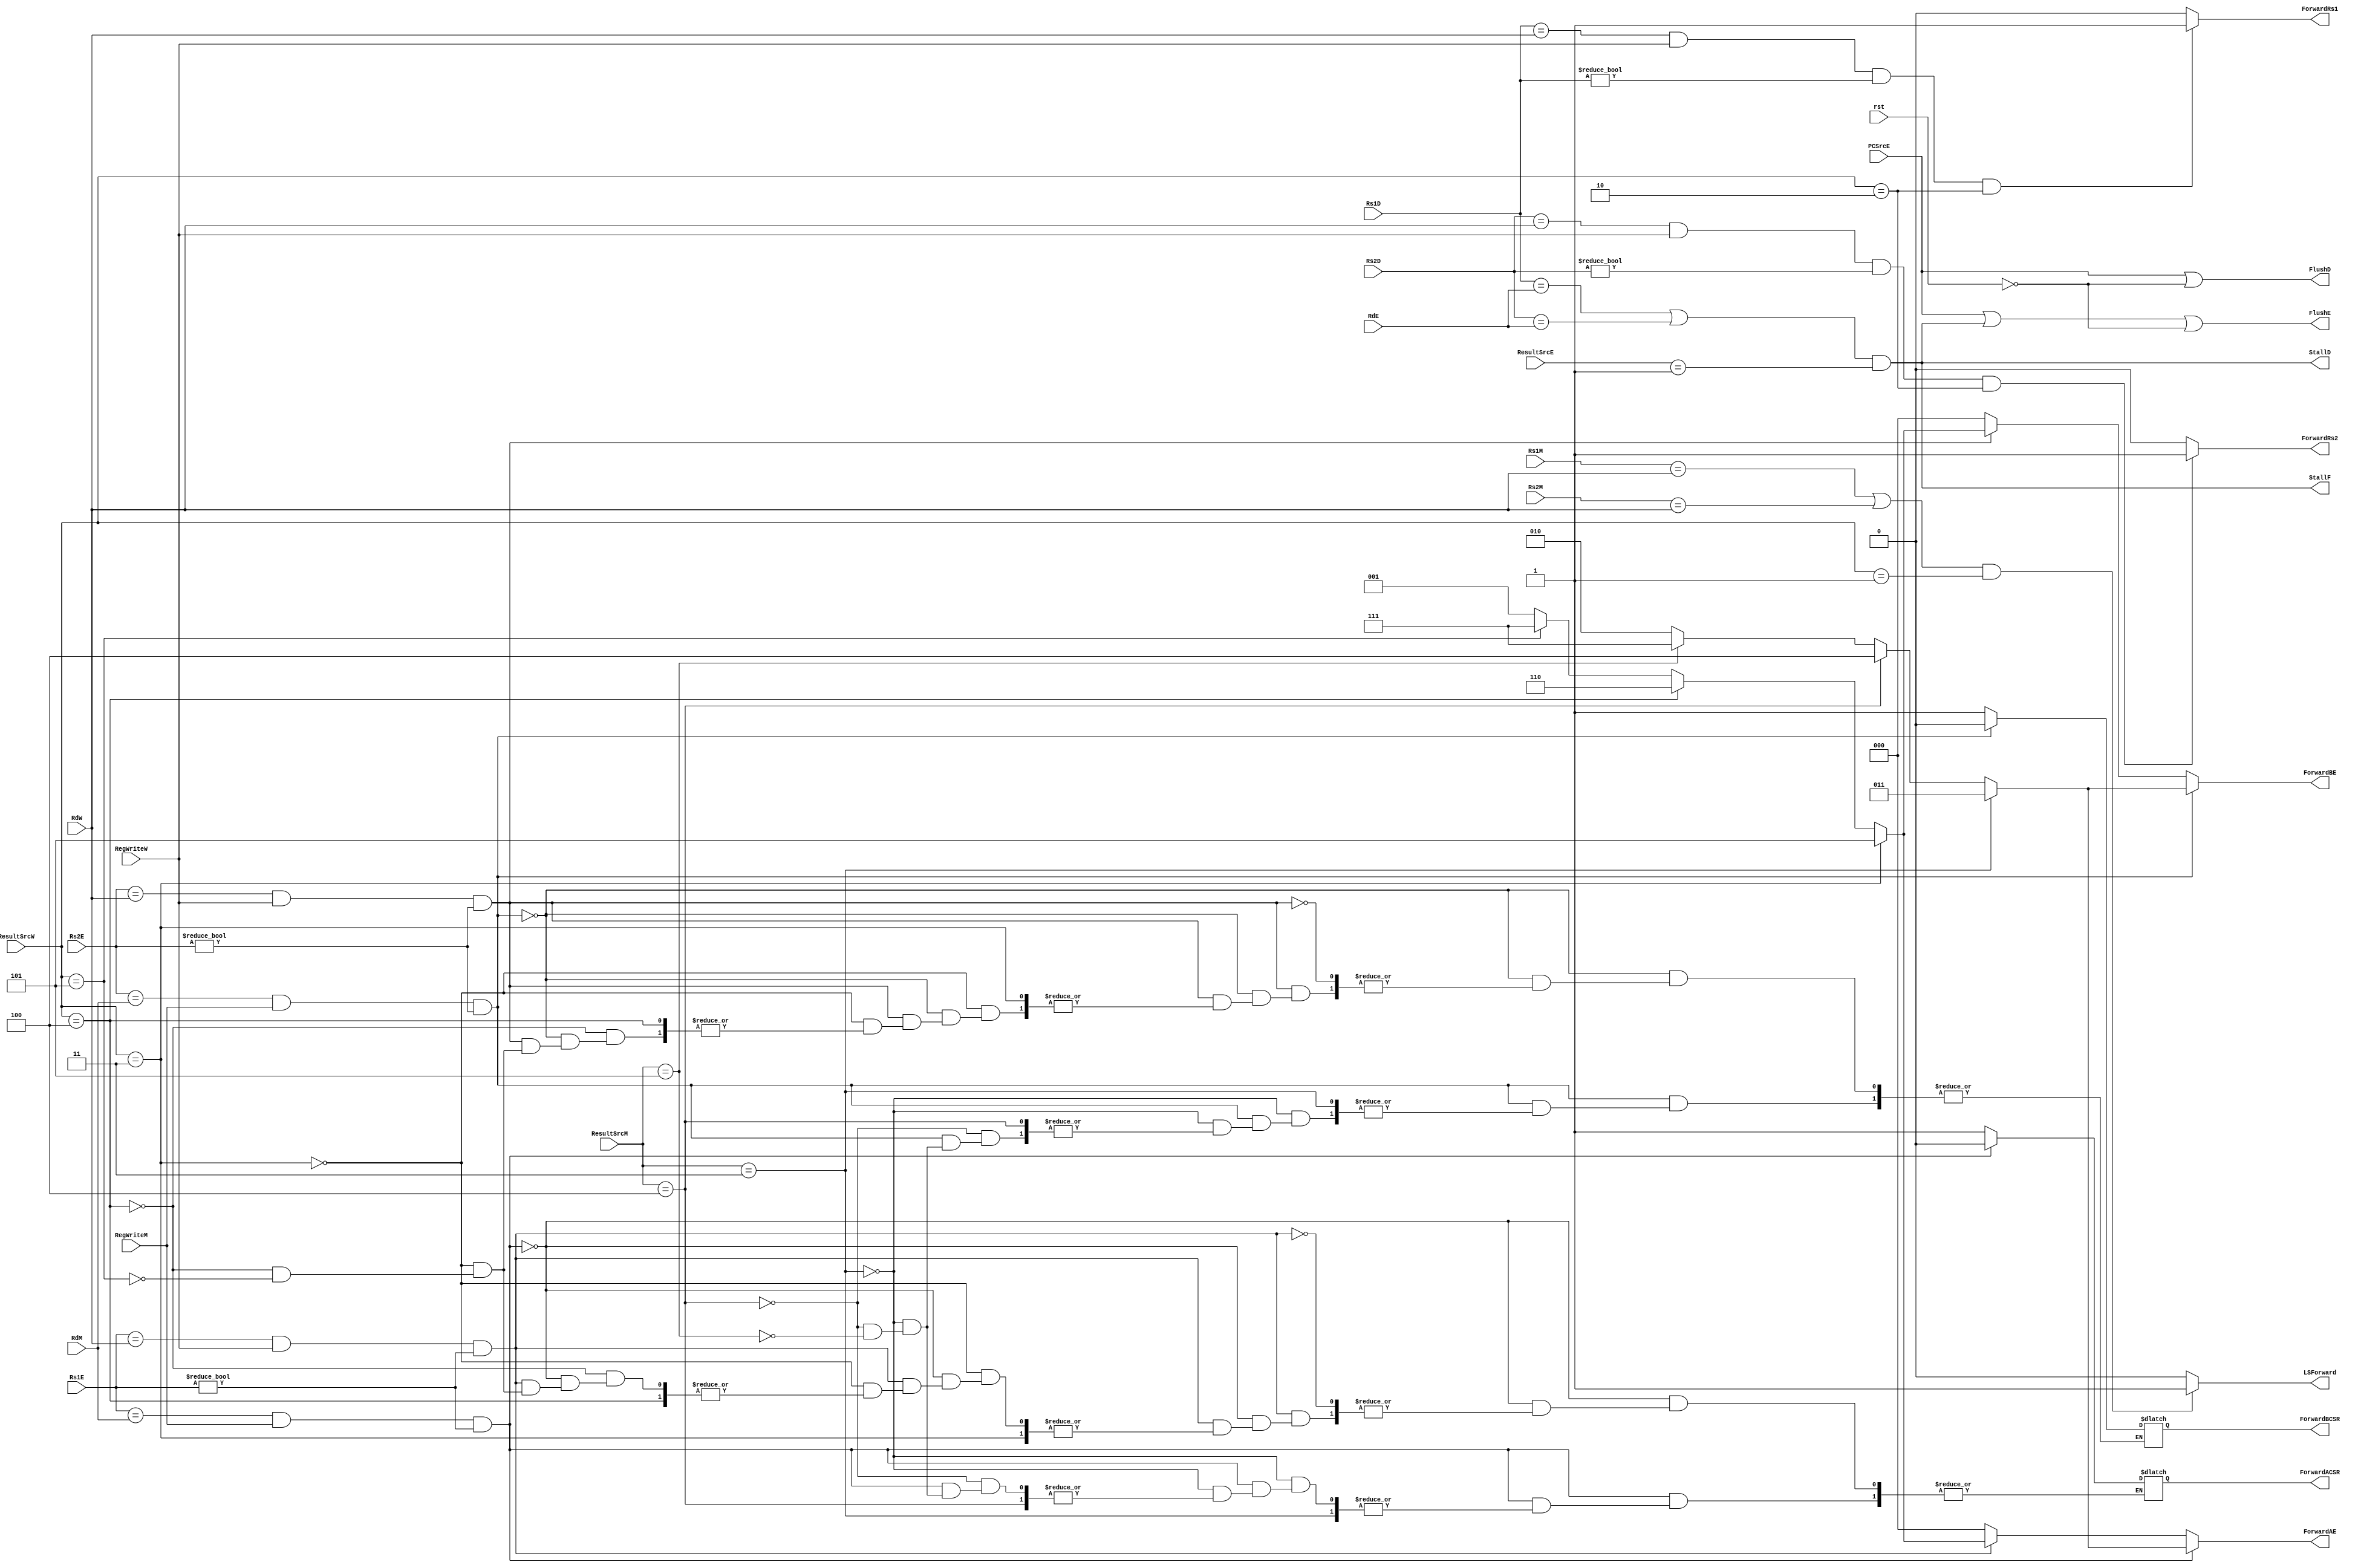
module HazardUnit (
    input       wire        [4:0]       Rs1D,
    input       wire        [4:0]       Rs2D,
    input       wire        [4:0]       Rs1E,
    input       wire        [4:0]       Rs2E,
    input       wire        [4:0]       Rs1M,
    input       wire        [4:0]       Rs2M,
    input       wire        [4:0]       RdE,
    input       wire                    PCSrcE,
    input       wire        [2:0]       ResultSrcE,
    input       wire        [2:0]       ResultSrcM,
    input       wire        [2:0]       ResultSrcW,
    input       wire        [4:0]       RdM,
    input       wire                    RegWriteM,
    input       wire        [4:0]       RdW,
    input       wire                    RegWriteW,
    input       wire                    rst,

    output      wire                    StallF,
    output      wire                    StallD,
    output      wire                    FlushD,
    output      wire                    FlushE,
    output      reg         [2:0]       ForwardAE,
    output      reg                     ForwardACSR,
    output      reg         [2:0]       ForwardBE,
    output      reg                     ForwardBCSR,
    output      reg                     ForwardRs1,
    output      reg                     ForwardRs2,
    output      reg                     LSForward
);

wire    lwStall;

always @ (*)
    begin

        //Data Forward from MEM Stage (Operand A)
        if (((Rs1E == RdM) && RegWriteM) && (Rs1E != 0))
            begin
                if (ResultSrcM == 3'b011)
                    ForwardAE = 3'b011;

                else if (ResultSrcM == 3'b100)
                    ForwardAE = 3'b100;

                else if (ResultSrcM == 3'b101) begin
                    ForwardAE = 3'b111;
                    ForwardACSR = 0;
                end

                else
                    ForwardAE = 3'b010;
            end

        //Data Forward from WB Stage (Operand A)
        else if (((Rs1E == RdW) && RegWriteW) && (Rs1E != 0))
            begin
                if (ResultSrcW == 3'b011)
                    ForwardAE = 3'b101;

                else if (ResultSrcW == 3'b100)
                    ForwardAE = 3'b110;

                else if (ResultSrcW == 3'b101) begin
                    ForwardAE = 3'b111;
                    ForwardACSR = 1;
                end
                    
                else
                    ForwardAE = 3'b001;
            end
            
        else
            ForwardAE = 3'b000;


        //Data Forward from MEM Stage (Operand B)
        if (((Rs2E == RdM) && RegWriteM) && (Rs2E != 0))
            begin
                if (ResultSrcM == 3'b011)
                    ForwardBE = 3'b011;

                else if (ResultSrcM == 3'b100)
                    ForwardBE = 3'b100;

                else if (ResultSrcM == 3'b101) begin
                    ForwardBE = 3'b111;
                    ForwardBCSR = 0;
                end

                else
                    ForwardBE = 3'b010;
            end

        //Data Forward from WB Stage (Operand B)
        else if (((Rs2E == RdW) && RegWriteW) && (Rs2E != 0))
            begin
                if (ResultSrcW == 3'b011)
                    ForwardBE = 3'b101;

                else if (ResultSrcW == 3'b100)
                    ForwardBE = 3'b110;

                else if (ResultSrcW == 3'b101) begin
                    ForwardBE = 3'b111;
                    ForwardBCSR = 1;
                end    

                else
                    ForwardBE = 3'b001;
            end
            
        else
            ForwardBE = 3'b000;



        if (((Rs1D == RdW) && RegWriteW) && (Rs1D != 0) && (ResultSrcW == 3'b010))
            ForwardRs1 = 1;

        else    
            ForwardRs1 = 0;


        if (((Rs2D == RdW) && RegWriteW) && (Rs2D != 0) && (ResultSrcW == 3'b010))
            ForwardRs2 = 1;

        else    
            ForwardRs2 = 0;

        if (((Rs1M == RdW) || (Rs2M == RdW)) && (ResultSrcW == 3'b001))
            LSForward = 1;
        else
            LSForward = 0;

    end


assign  lwStall =   ((Rs1D == RdE) || (Rs2D == RdE)) && (ResultSrcE == 3'b001);

assign  StallD  =   lwStall;
assign  StallF  =   lwStall;
assign  FlushD  =   PCSrcE | ~rst;
assign  FlushE  =   PCSrcE | lwStall | ~rst;

    
endmodule